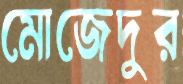
মোজেদুর